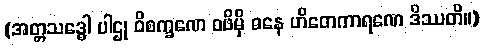
(အတ္တသဒ္ဓေါ ပါဌု ဝိစက္ခဏေ ဝဖိမှိ ဓနေ ဟိတေကာရဏေ ဒိဿတိ။)